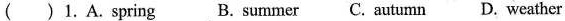
( )1.A.spring B. summer C. autumn D. weather